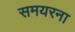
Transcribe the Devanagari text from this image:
समयरना